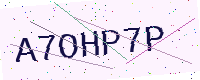
Text: A7OHP7P